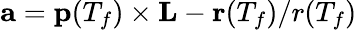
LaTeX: \textbf{a}=\textbf{p}(T_{f})\times\textbf{L}-\textbf{r}(T_{f})/r(T_{f})